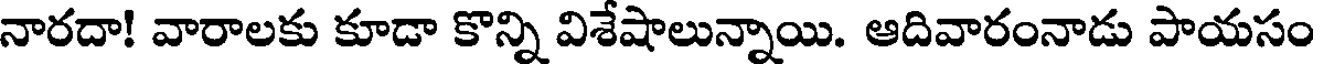
నారదా! వారాలకు కూడా కొన్ని విశేషాలున్నాయి. ఆదివారంనాడు పాయసం